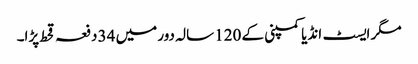
مگر ایسٹ انڈیا کمپنی کے 120 سالہ دور میں 34 دفعہ قحط پڑا۔